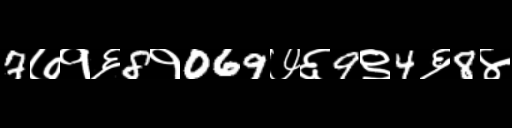
Text: 7७१६8१069७६9९4६8४